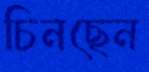
চিনছেন